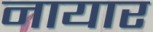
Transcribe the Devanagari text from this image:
नायार